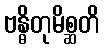
ဗန္ဓိတုမိစ္ဆတိ